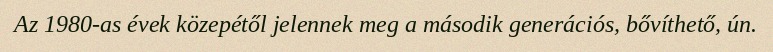
Az 1980-as évek közepétől jelennek meg a második generációs, bővíthető, ún.